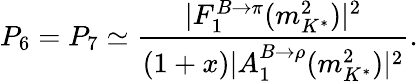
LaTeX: P_{6}=P_{7}\simeq\frac{|F_{1}^{B\to\pi}(m_{K^{*}}^{2})|^{2}}{(1+x)|A_{1}^{B\to\rho}(m_{K^{*}}^{2})|^{2}}.